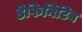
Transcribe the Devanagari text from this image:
डेफिनिटिव